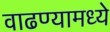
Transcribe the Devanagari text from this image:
वाढण्यामध्ये